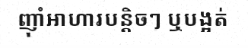
ញ៉ាំអាហារបន្តិចៗ ឬបង្អត់